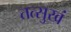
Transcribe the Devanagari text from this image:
तत्सुखं